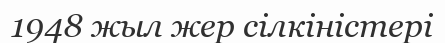
1948 жыл жер сілкіністері